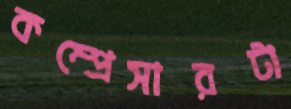
কম্প্রেসারটা